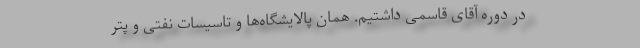
در دوره آقای قاسمی داشتیم. همان پالایشگاه‌ها و تاسیسات نفتی و پتر